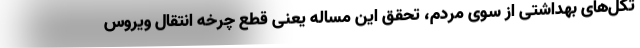
تکل‌های بهداشتی از سوی مردم، تحقق این مساله یعنی قطع چرخه انتقال ویروس